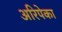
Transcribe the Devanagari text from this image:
अरिपेका